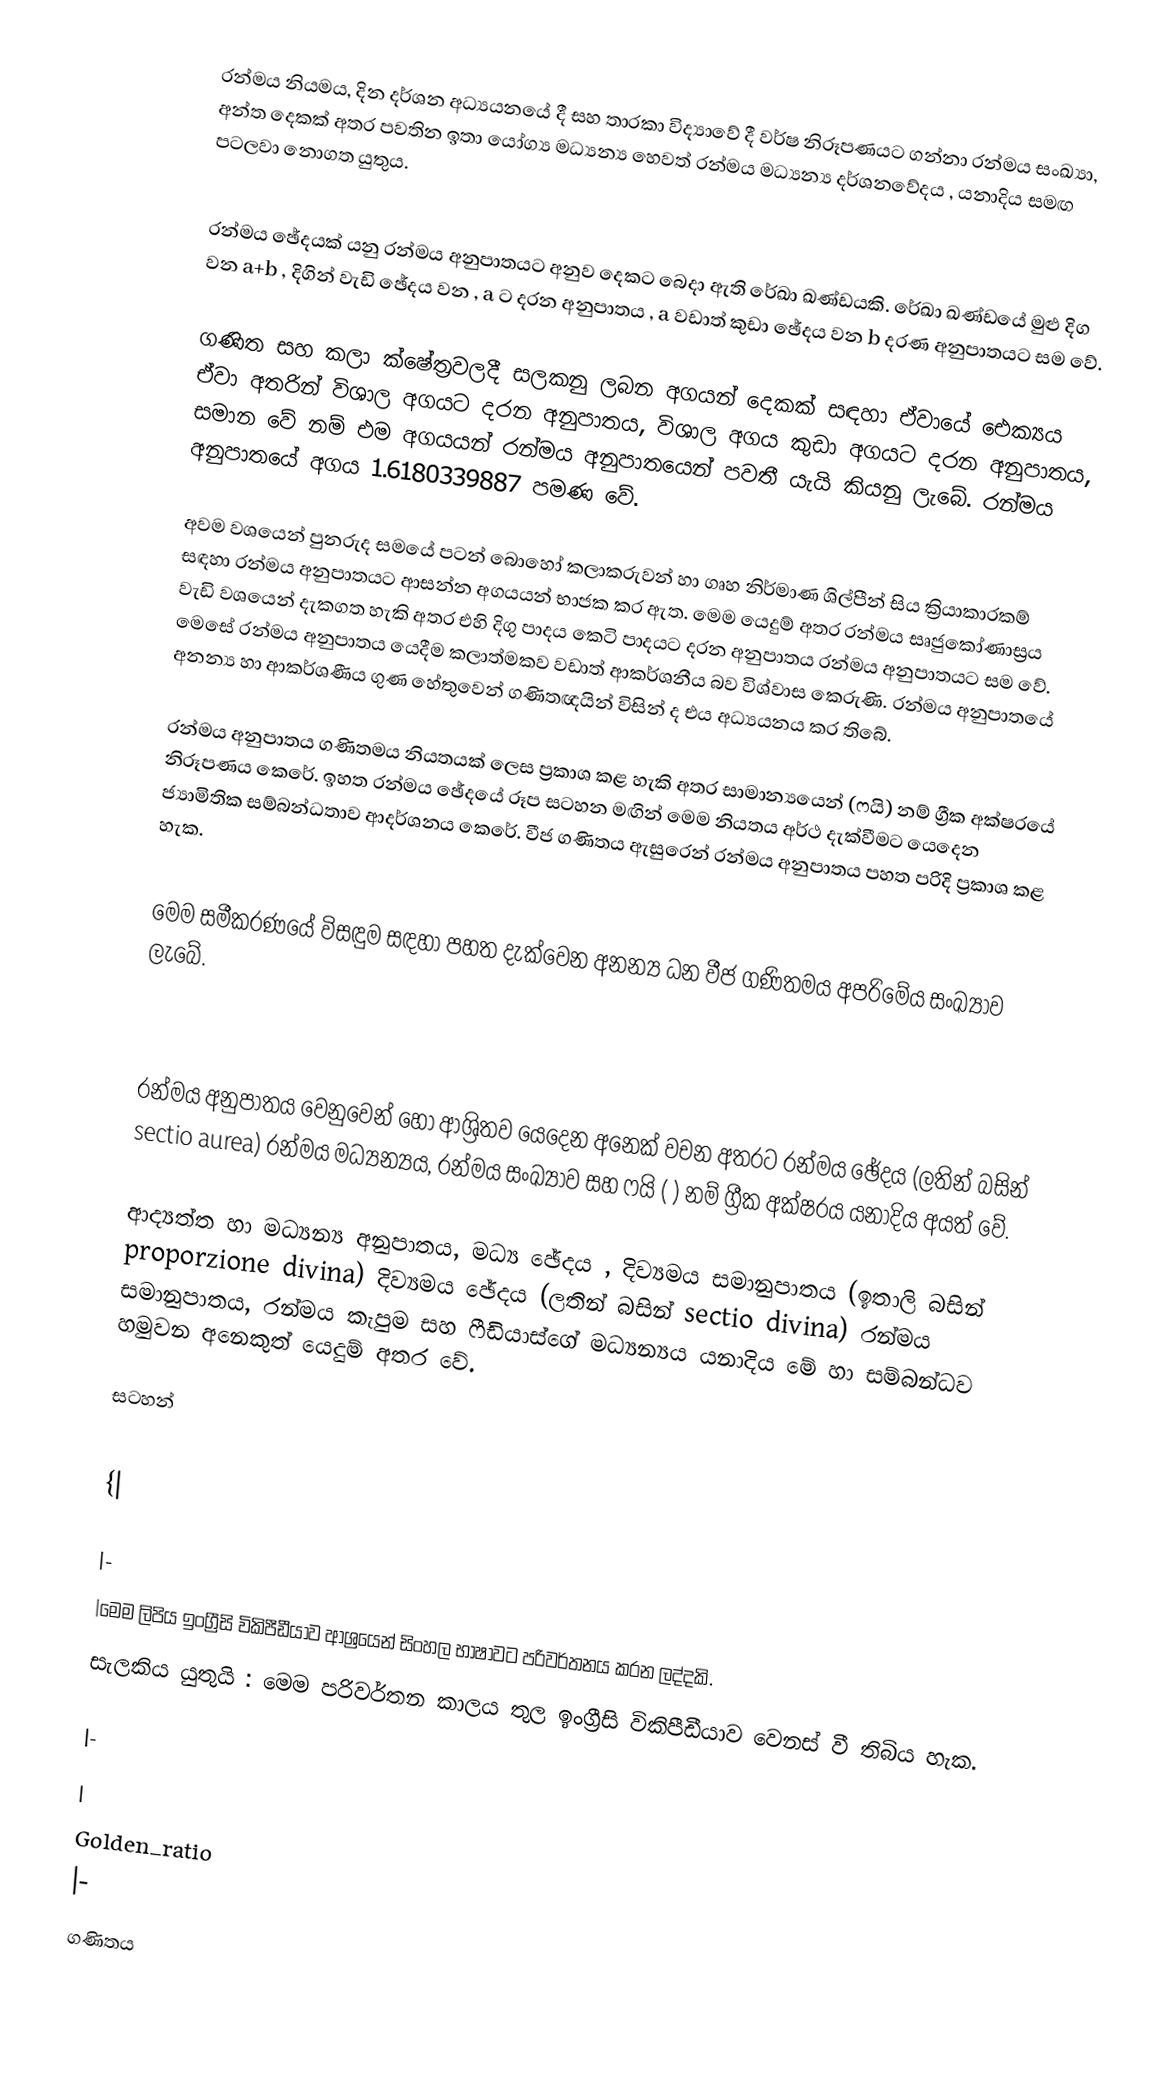
රන්මය නියමය, දින දර්ශන අධ්‍යයනයේ දී සහ තාරකා විද්‍යාවේ දී වර්ෂ නිරූපණයට ගන්නා රන්මය සංඛ්‍යා, අන්ත දෙකක් අතර ‍පවතින ඉතා යෝග්‍ය මධ්‍යන්‍ය හෙවත් රන්මය මධ්‍යන්‍ය දර්ශනවේදය , යනාදිය සමඟ පටලවා නොගත යුතුය.

රන්මය ඡේදයක් යනු රන්මය අනුපාතයට අනුව දෙකට බෙදා ඇති රේඛා ඛණ්ඩයකි. රේඛා ඛණ්ඩයේ මුළු දිග වන a+b , දිගින් වැඩි ඡේදය වන , a ට දරන අනුපාතය , a  වඩාත් කුඩා ඡේදය වන b දරණ අනුපාතයට සම වේ.

ගණිත සහ කලා ක්ෂේත්‍රවලදී සලකනු ලබන අගයන් දෙකක් සඳහා ඒවායේ ඓක්‍යය ඒවා අතරින් විශාල අගයට දරන අනුපාතය, විශාල අගය කුඩා අගයට දරන අනුපාතය, සමාන වේ නම් එම අගයයන් රන්මය අනුපාතයෙන් පවතී යැයි කියනු ලැබේ. රන්මය අනුපාතයේ අගය 1.6180339887 පමණ වේ.

අවම වශයෙන් පුනරුද සමයේ පටන් බොහෝ කලාකරුවන් හා ගෘහ නිර්මාණ ශිල්පීන් සිය ක්‍රියාකාරකම් සඳහා රන්මය අනුපාතයට ආසන්න අගයයන් භාජක කර ඇත. මෙම යෙදුම් අතර රන්මය සෘජුකෝණාස්‍රය වැඩි වශයෙන් දැකගත හැකි අතර එහි දිගු පාදය කෙටි පාදයට දරන අනුපාතය රන්මය අනුපාතයට සම වේ. මෙසේ රන්මය අනුපාතය යෙදීම කලාත්මකව වඩාත් ආකර්ශනීය බව විශ්වාස කෙරුණි. රන්මය අනුපාතයේ අනන්‍ය හා ආකර්ශණීය ගුණ හේතුවෙන් ගණිතඥයින් විසින් ද එය අධ්‍යයනය කර ති‍බේ.

රන්මය අනුපාතය ගණිතමය නියතයක් ලෙස ප්‍රකාශ කළ හැකි අතර සාමාන්‍යයෙන්  (ෆයි) නම් ග්‍රීක අක්ෂරයේ නිරූපණය කෙරේ. ඉහත රන්මය ඡේදයේ රූප සටහන මඟින් මෙම නියතය අර්ථ දැක්වීමට යෙදෙන ජ්‍යාමිතික සම්බන්ධතාව ආදර්ශනය කෙරේ. වීජ ගණිතය ඇසුරෙන් රන්මය අනුපාතය පහත පරිදි ප්‍රකාශ කළ හැක.

මෙම සමීකරණ‍යේ විසඳුම සඳහා පහත දැක්වෙන අනන්‍ය ධන වීජ ගණිතමය අපරිමේය සංඛ්‍යාව ලැබේ.

රන්මය අනුපාතය වෙනුවෙන් හෝ ආශ්‍රිතව යෙදෙන අනෙක් වචන අතරට රන්මය ඡේදය (ලතින් බසින් sectio aurea) රන්මය මධ්‍යන්‍යය, රන්මය සංඛ්‍යාව සහ ෆයි ( ) නම් ග්‍රීක අක්ෂරය යනාදිය අයත් වේ.

ආද්‍යත්ත හා මධ්‍යන්‍ය අනුපාතය, මධ්‍ය ඡේදය , දිව්‍යමය සමානුපාතය (ඉතාලි බසින් proporzione divina) දිව්‍යමය ඡේදය (ලතින් බසින් sectio divina) රන්මය සමානුපාතය, රන්මය කැපුම සහ ෆීඩියාස්ගේ මධ්‍යන්‍යය යනාදිය මේ හා සම්බන්ධව හමුවන අනෙකුත් යෙදුම් අතර වේ.

සටහන්

{|

|-
|මෙම ලිපිය ඉංග්‍රීසි විකිපීඩීයාව ආශ්‍රයෙන් සිංහල භාෂාවට පරිවර්තනය කරන ලද්දකි.
සැලකිය යුතුයි : මෙම පරිවර්තන කාලය තුල ඉංග්‍රීසි විකිපීඩීයාව වෙනස් වී තිබිය හැක.

|-
|
Golden_ratio
|-
ගණිතය